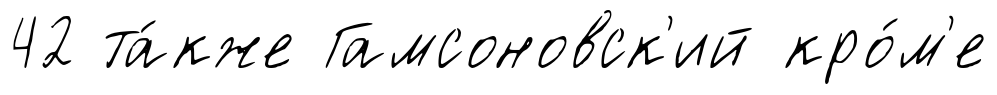
42 та́кже Гамсоновск'ий кро́м'е